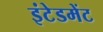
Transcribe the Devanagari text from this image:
इंटेडमेंट